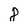
Character: 8